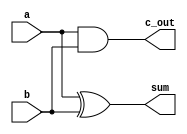
module Add_half(sum, c_out, a, b);
input a,b;
output sum;
output c_out;

xor M1(sum, a, b);
and M2(c_out, a, b);
endmodule

module Add_full(sum, c_out, a, b, c_in);
input a, b, c_in;
output sum, c_out;
wire w1, w2, w3;

Add_half M1(w1, w2, a, b);
Add_half M2(sum, w3, c_in, w1);
or M3(c_out, w2, w3);
endmodule


module Add_rca_4 (sum, c_out, a, b, c_in);
output [3:0] sum;
output c_out;
input [3:0] a, b;
input c_in;
wire  c_in2, c_in3, c_in4;

Add_full M1(sum[0], c_in2, a[0], b[0], c_in);
Add_full M2(sum[1], c_in3, a[1], b[1], c_in2);
Add_full M3(sum[2], c_in4, a[2], b[2], c_in3);
Add_full M4(sum[3], c_out, a[3], b[3], c_in4);
endmodule

module Add_rca_16 (sum, c_out, a, b, c_in);
output [15:0] sum;
output c_out;
input [15:0] a, b;
input c_in;
wire  c_in4, c_in8, c_in12;

Add_rca_4 M1(sum[3:0], c_in4, a[3:0], b[3:0], c_in);
Add_rca_4 M2(sum[7:4], c_in8, a[7:4], b[7:4], c_in4);
Add_rca_4 M3(sum[11:8], c_in12, a[11:8], b[11:8], c_in8);
Add_rca_4 M4(sum[15:12], c_out, a[15:12], b[15:12], c_in12);
endmodule